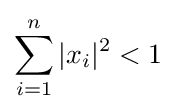
\sum _{i=1}^{n}|x_{i}|^{2}<1